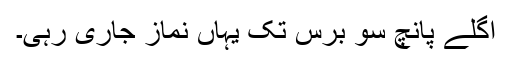
اگلے پانچ سو برس تک یہاں نماز جاری رہی۔